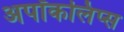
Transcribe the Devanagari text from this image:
अपॉकलिप्स